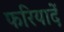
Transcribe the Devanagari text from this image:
फरियादें